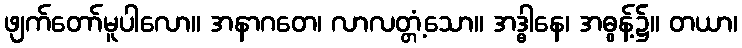
ဖျက်တော်မူပါလော။ အနာဂတေ၊ လာလတ္တံ့သော။ အဒ္ဓါနေ၊ အဓွန့်၌။ တယာ၊